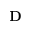
\mathbf { D }